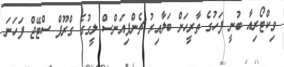
ވިކްޓޯރިއާ ބުނީ ފަހުގެ ތާރީހަށް ބަލާއިރު ޗެންޕިއަންސް ލީގުގެ ގްރޫޕް ސްޓޭޖް ފަހަނަ